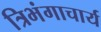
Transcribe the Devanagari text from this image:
त्रिभंगाचार्य